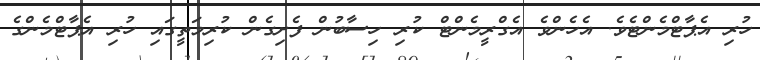
ހުރި އެޕާޓްމެންޓެވެ. އެހެންވެ އެގްރީމެންޓް ކުރި ހިސާބުން ފެށިގެން ކުރިމަތީގައި ހުރި އެޕާޓްމެންގެ